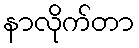
နာလိုက်တာ